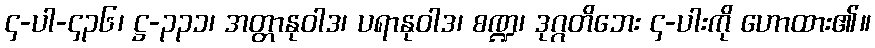
၄-ပါ-၄၃၆၊ ဋ္ဌ-၃၃၁၊ အတ္တာနုဝါဒ၊ ပရာနုဝါဒ၊ စဏ္ဍ၊ ဒုဂ္ဂတိဘေး ၄-ပါးကို ဟောထား၏။